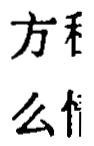
方程

么什